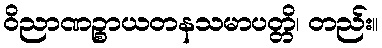
ဝိညာဏဉ္စာယတနသမာပတ္တိ၊ တည်း။